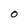
Character: O